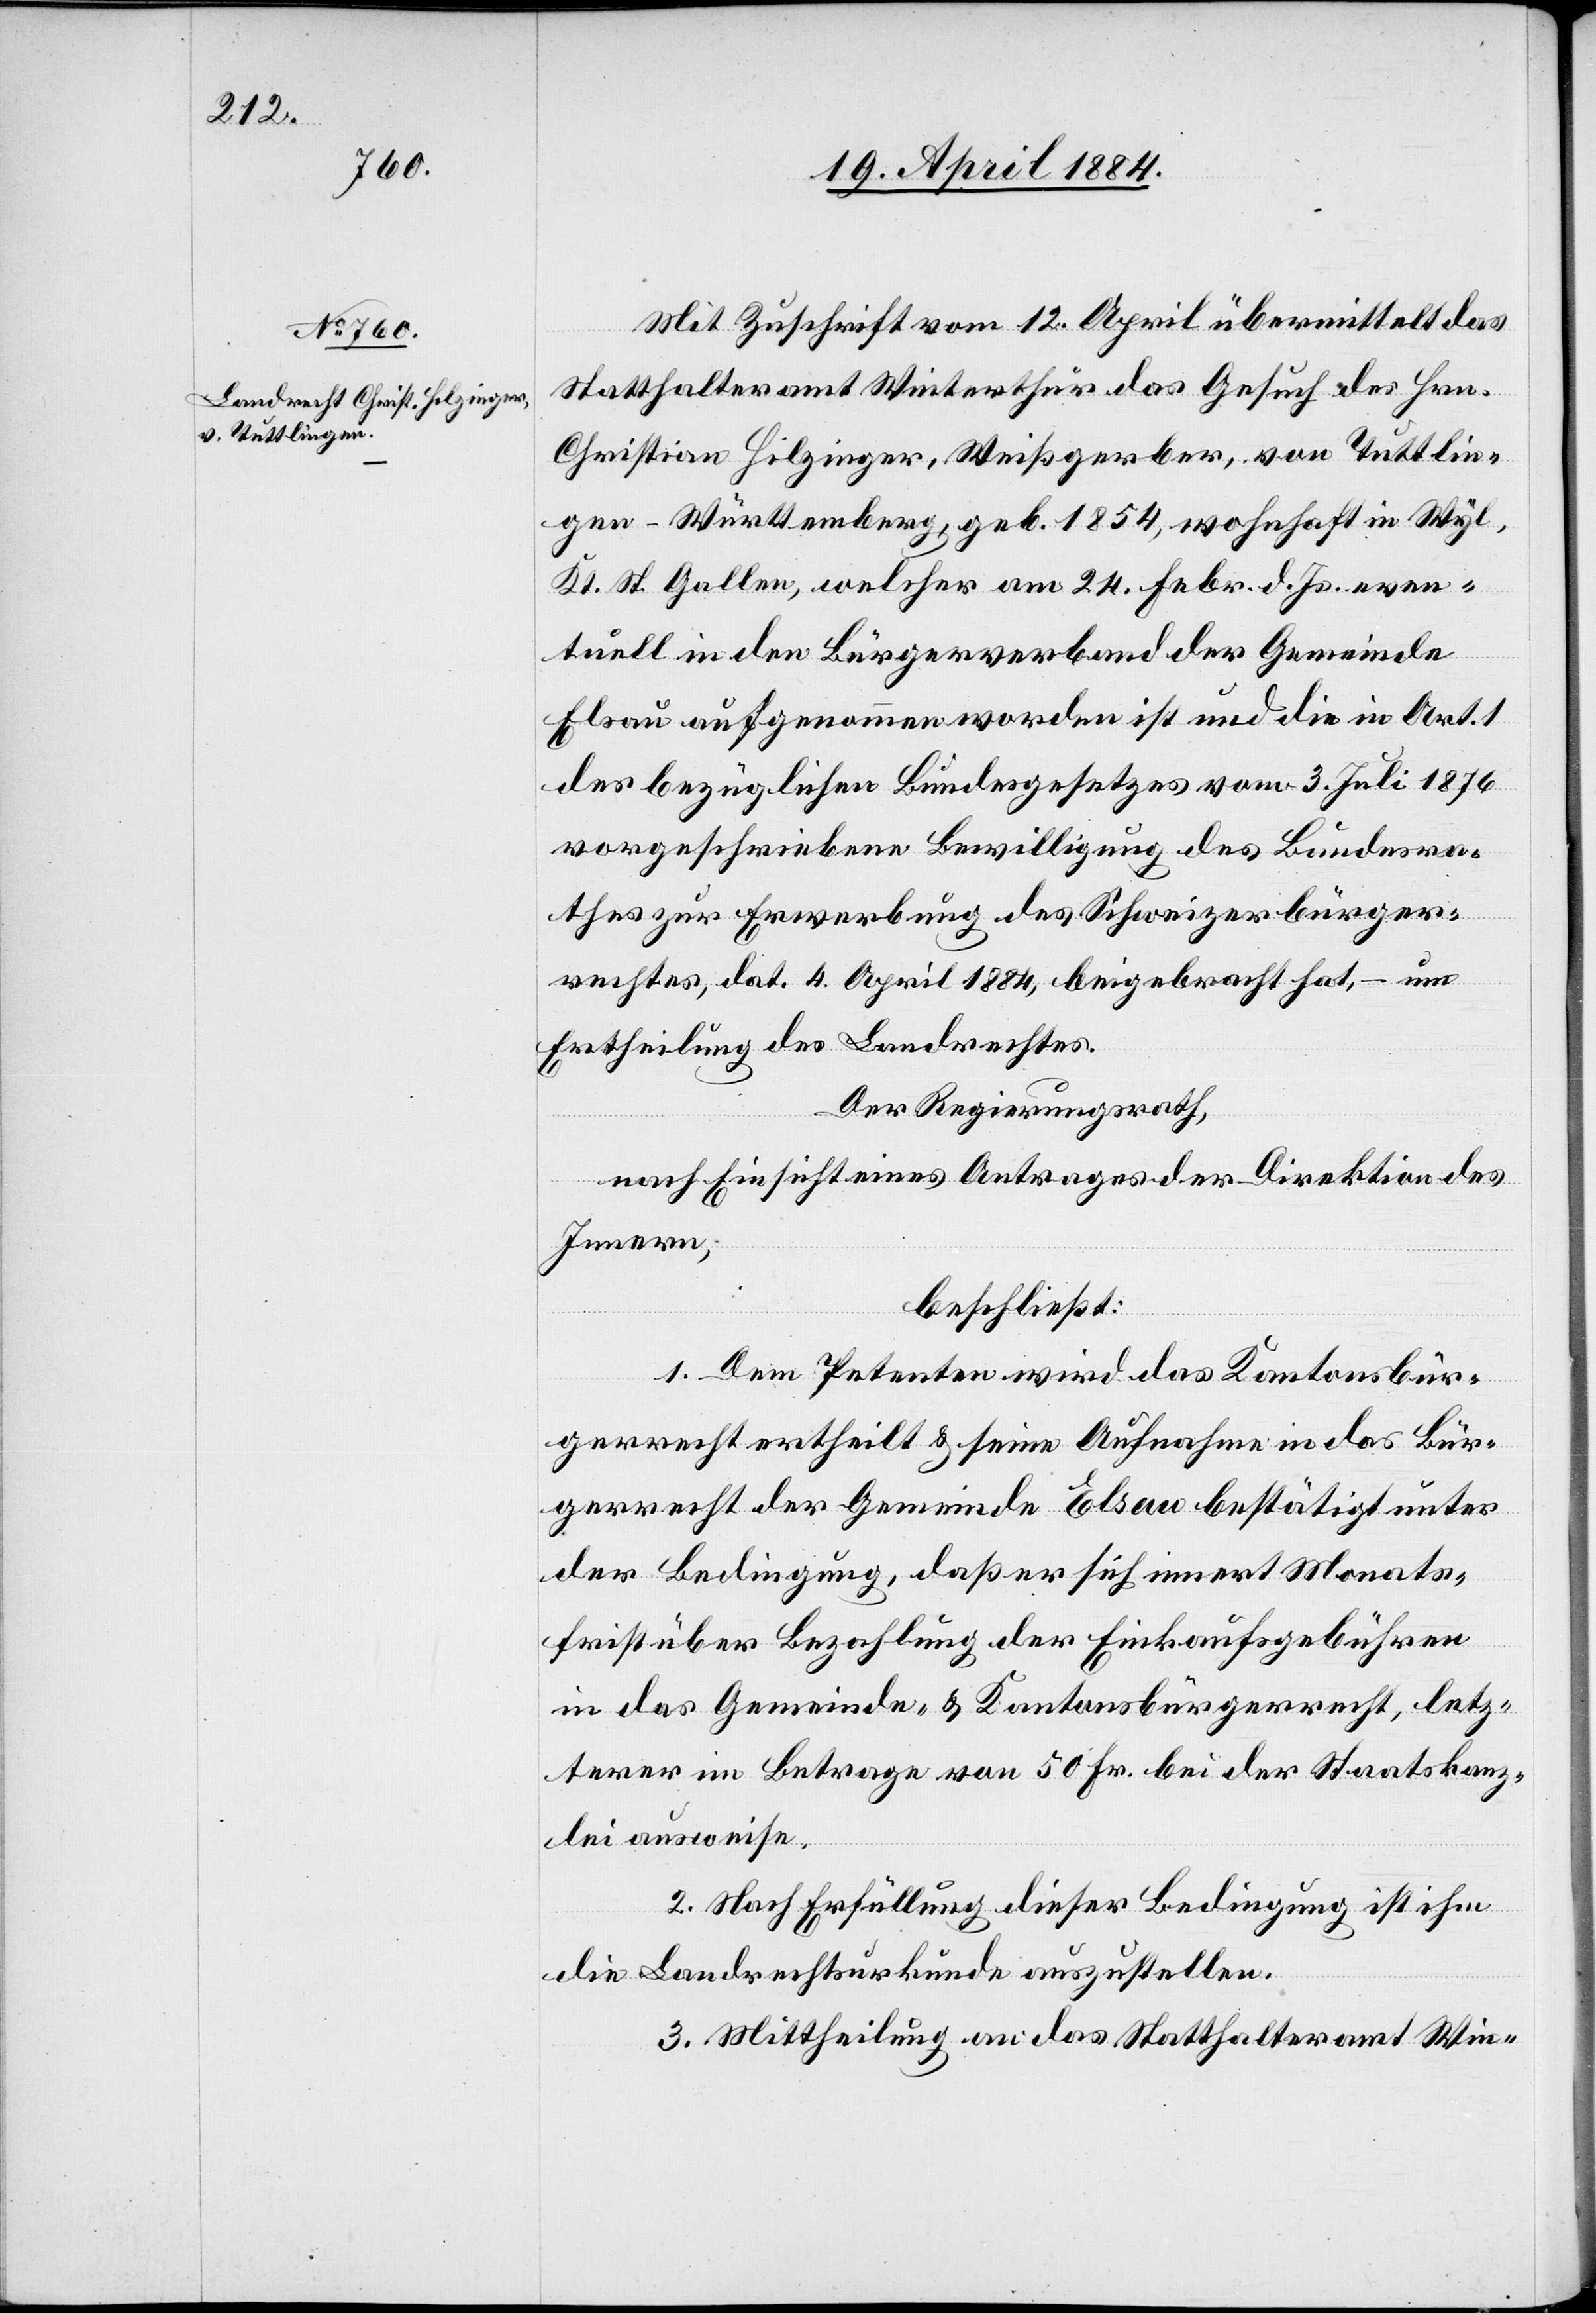
Mit Zuschrift vom 12. April übermittelt das
Statthalteramt Winterthur das Gesuch des Hrn.
Christian Hilzinger, Weißgerber, von Tuttlin¬
gen - Württemberg, geb. 1854, wohnhaft in Wyl,
Kt. St. Gallen, welcher am 24. Febr. d. Js. even¬
tuell in den Bürgerverband der Gemeinde
Elsau aufgenommen worden ist und die in Art. 1
des bezüglichen Bundesgesetzes vom 3. Juli 1876
vorgeschriebenen Bewilligung des Bundesra¬
thes zur Erwerbung des Schweizerbürger¬
rechtes, dat. 4. April 1884, beigebracht hat, – um
Ertheilung des Landrechtes.
Der Regierungsrath,
nach Einsicht eines Antrages der Direktion des
Innern,
beschließt:
1. Dem Petenten wird das Kantonsbür¬
gerrecht ertheilt & seine Aufnahme in das Bür¬
gerrecht der Gemeinde Elsau bestätigt unter
der Bedingung, daß er sich innert Monats¬
frist über Bezahlung der Einkaufsgebühren
in das Gemeinde- & Kantonsbürgerrecht, letz¬
terer im Betrage von 50 Fr. bei der Staatskanz¬
lei ausweise.
2. Nach Erfüllung dieser Bedingung ist ihm
die Landrechtsurkunde auszustellen.
3. Mittheilung an das Statthalteramt Win-